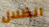
الظلال